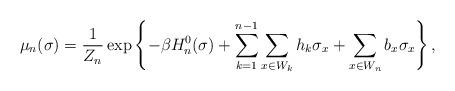
LaTeX: \begin{align*}\mu_{n}(\sigma)=\frac{1}{Z_{n}}\exp\left\{ -\beta H^{0}_{n}(\sigma)+ \sum_{k=1}^{n-1}\sum_{x\in W_{k}}h_k\sigma_x +\sum_{x\in W_n}b_x\sigma_x \right\},\end{align*}